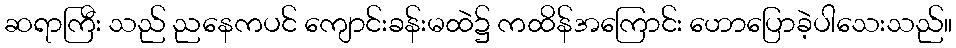
ဆရာကြီး သည် ညနေကပင် ကျောင်းခန်းမထဲ၌ ကထိန်အကြောင်း ဟောပြောခဲ့ပါသေးသည်။